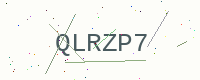
Text: QLRZP7